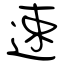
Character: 速